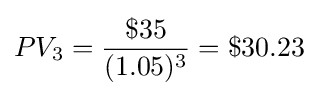
PV_{3}={\frac {\$35}{(1.05)^{3}}}=\$30.23